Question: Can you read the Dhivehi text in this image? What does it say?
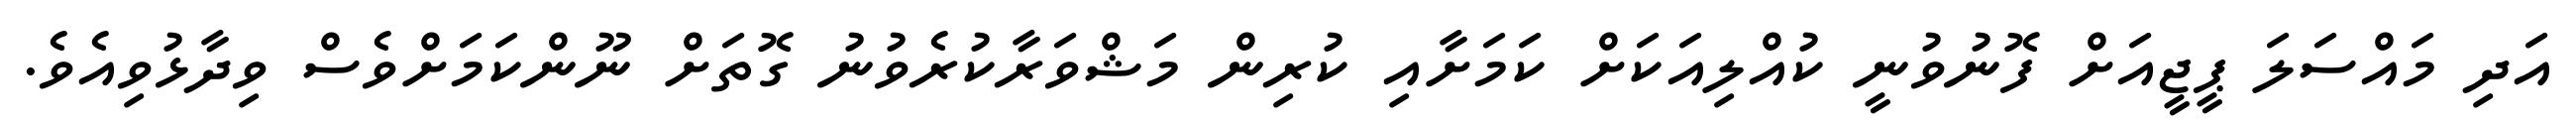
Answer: އަދި މައްސަލަ ޕީޖީއަށް ފޮނުވުނީ ކުއްލިއަކަށް ކަމަށާއި ކުރިން މަޝްވަރާކުރެވުނު ގޮތަށް ނޫންކަމަށްވެސް ވިދާޅުވިއެވެ.